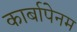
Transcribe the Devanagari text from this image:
कार्बापेनम